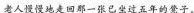
老人慢慢地走回那一张已坐过五年的凳子。